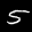
Label: 5